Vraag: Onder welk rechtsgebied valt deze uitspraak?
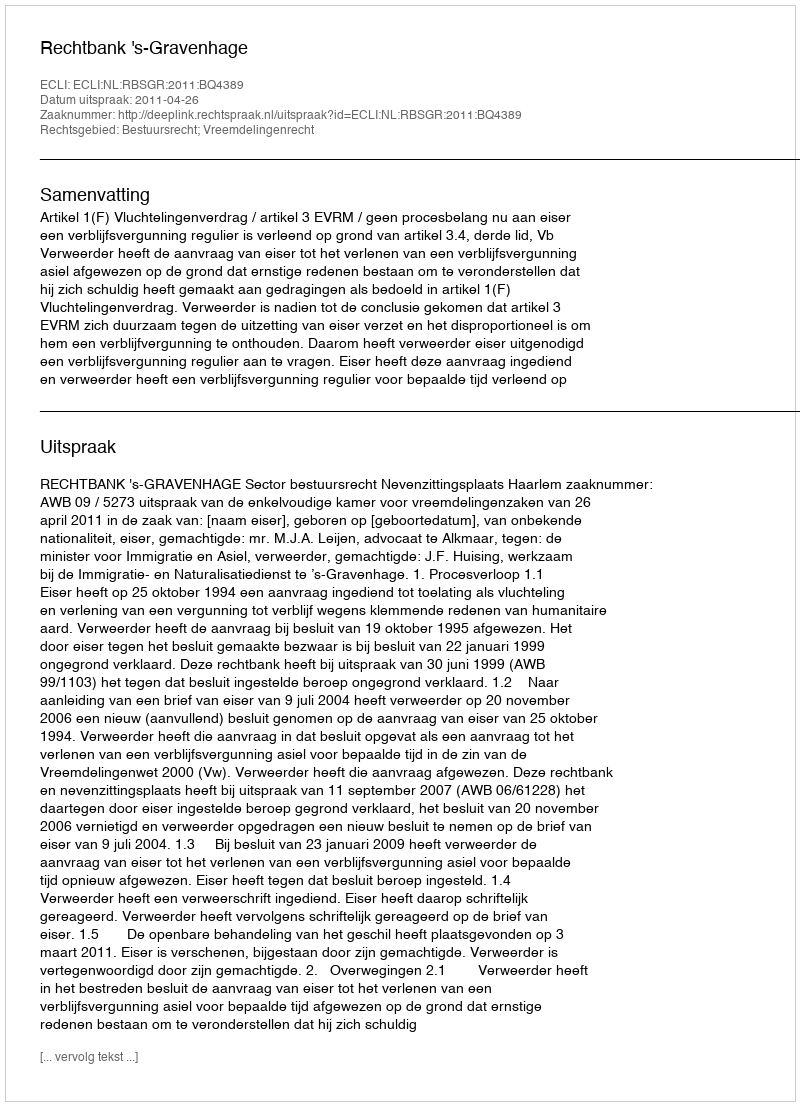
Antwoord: Bestuursrecht; Vreemdelingenrecht